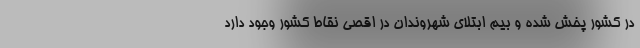
در کشور پخش شده و بیم ابتلای شهروندان در اقصی نقاط کشور وجود دارد